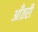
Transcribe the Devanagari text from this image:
आँतरी